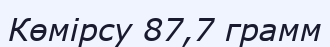
Көмірсу 87,7 грамм